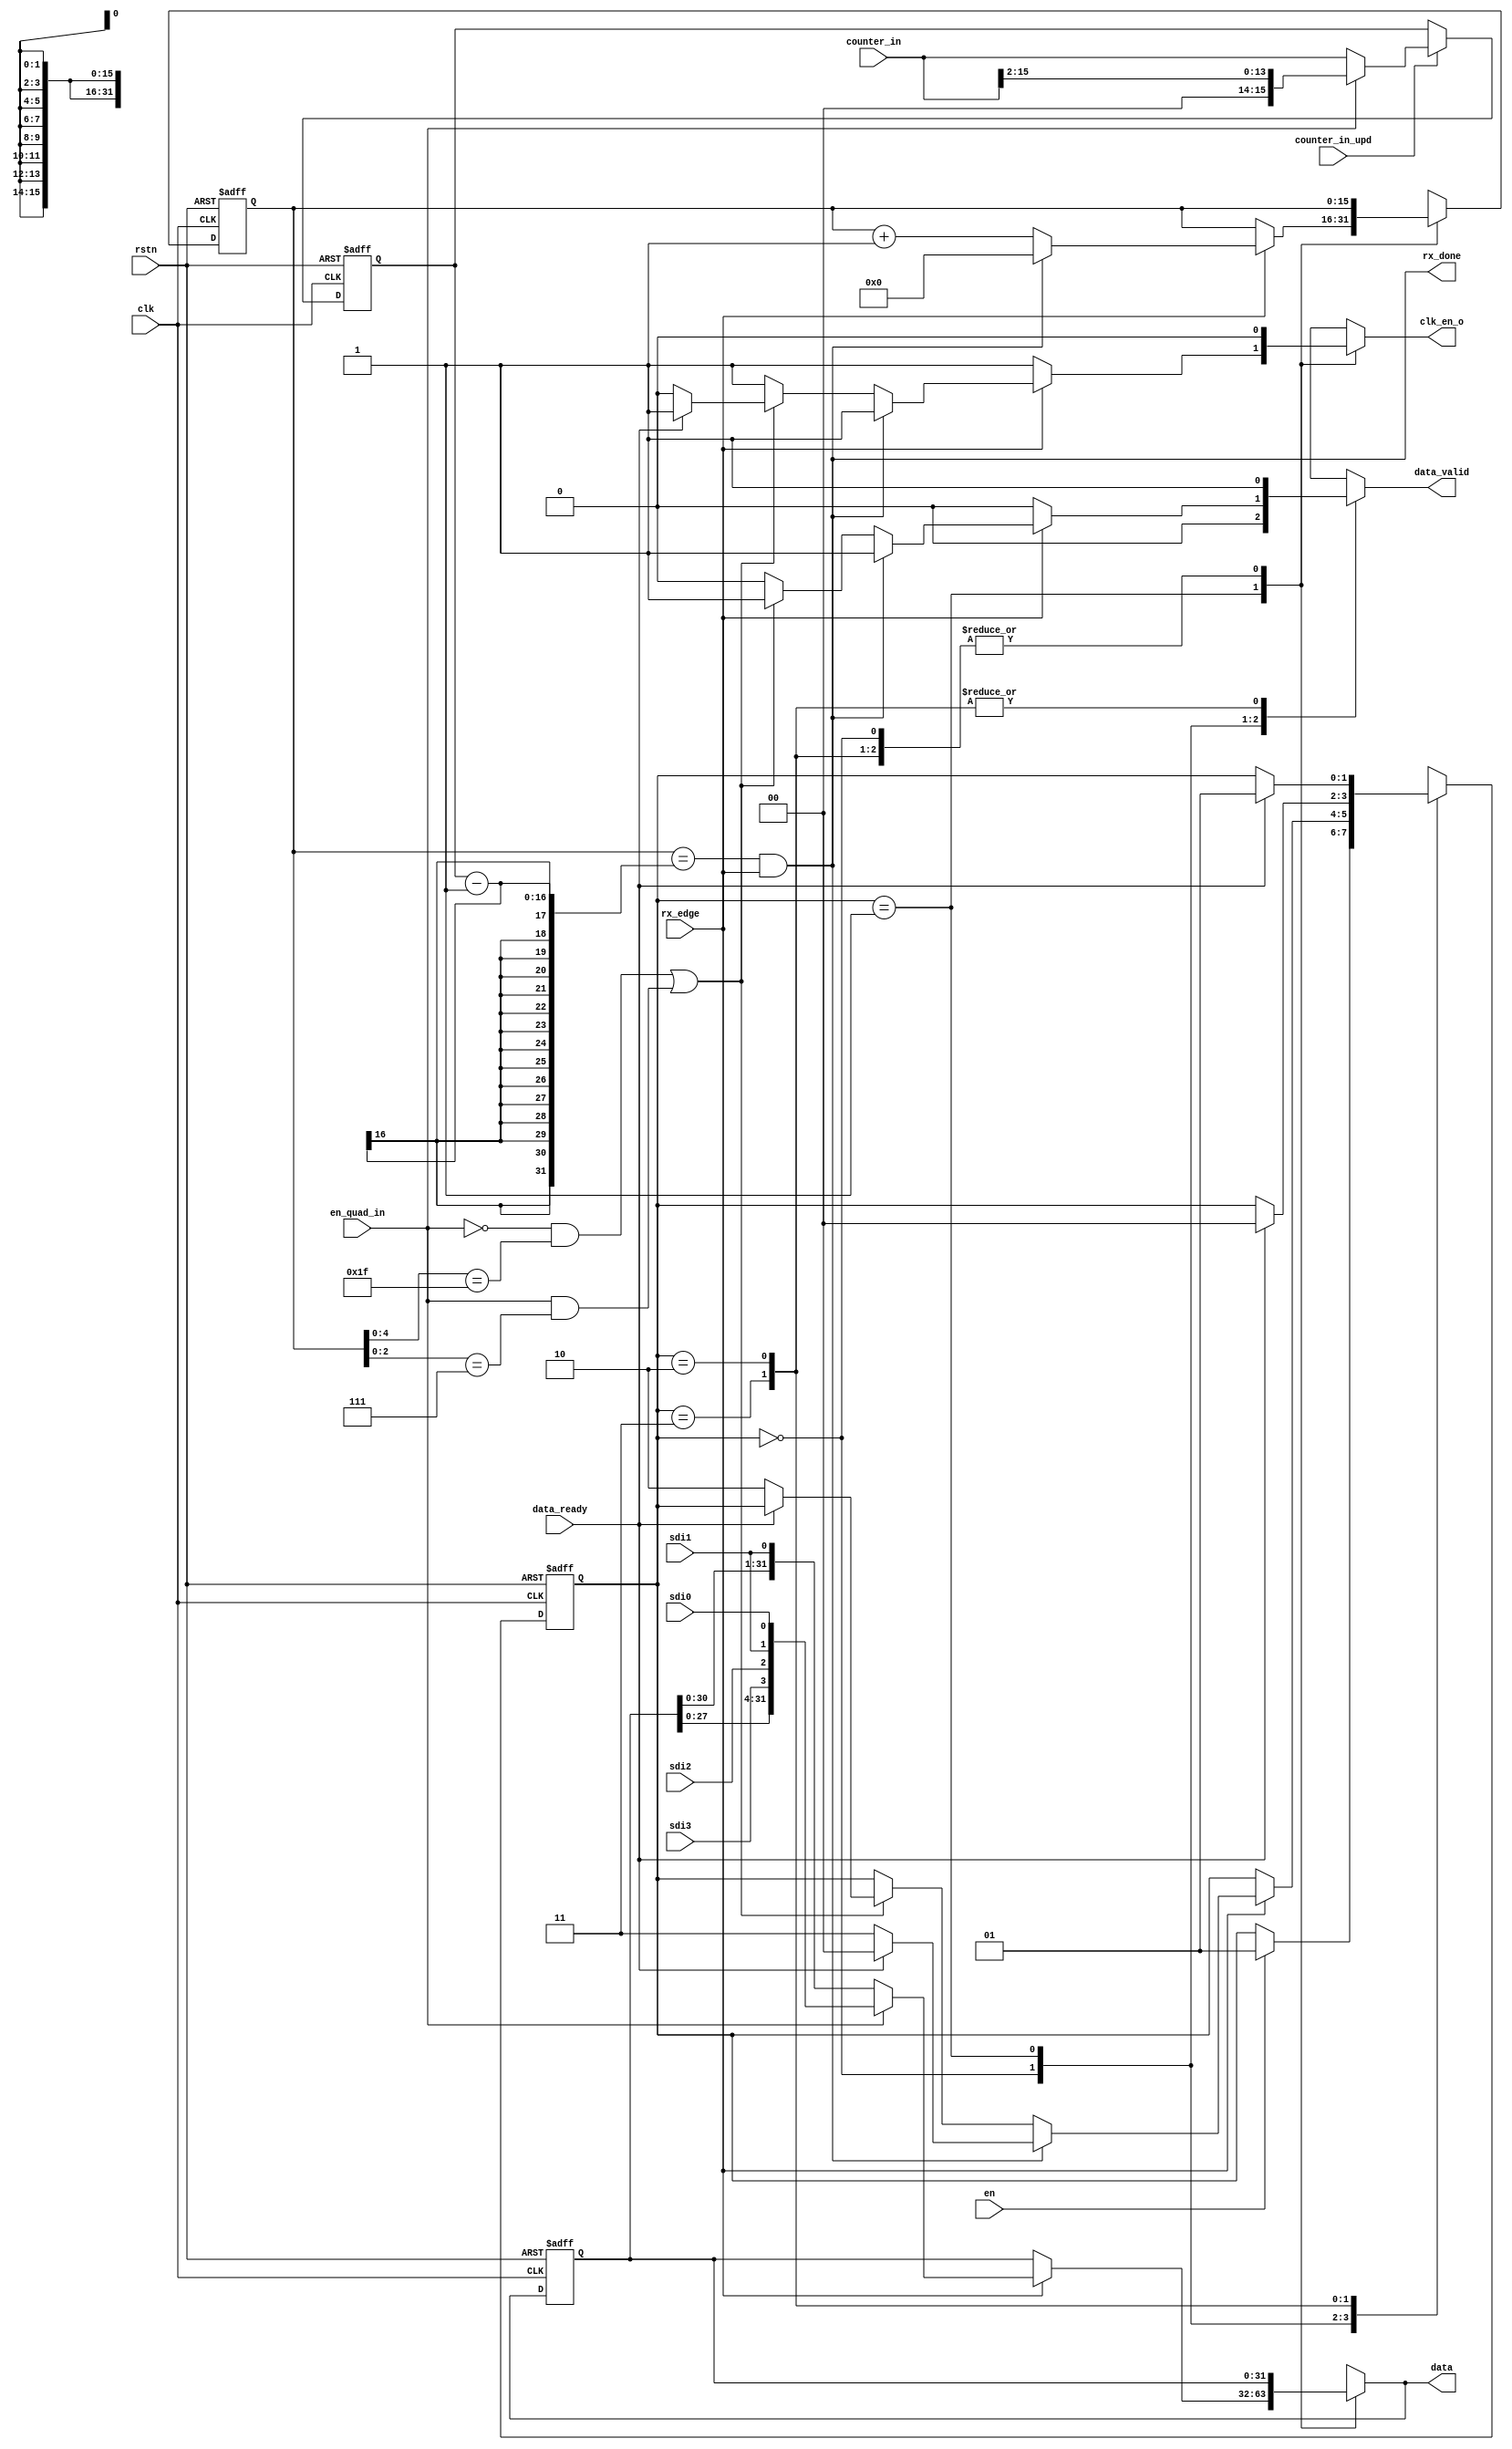
// Copyright 2017 ETH Zurich and University of Bologna.
// -- Adaptable modifications made for hbirdv2 SoC. -- 
// Copyright 2020 Nuclei System Technology, Inc.
// Copyright and related rights are licensed under the Solderpad Hardware
// License, Version 0.51 (the License); you may not use this file except in
// compliance with the License.  You may obtain a copy of the License at
// http://solderpad.org/licenses/SHL-0.51. Unless required by applicable law
// or agreed to in writing, software, hardware and materials distributed under
// this License is distributed on an AS IS BASIS, WITHOUT WARRANTIES OR
// CONDITIONS OF ANY KIND, either express or implied. See the License for the
// specific language governing permissions and limitations under the License.

module spi_master_rx (
    input  wire        clk,
    input  wire        rstn,
    input  wire        en,
    input  wire        rx_edge,
    output wire        rx_done,
    input  wire        sdi0,
    input  wire        sdi1,
    input  wire        sdi2,
    input  wire        sdi3,
    input  wire        en_quad_in,
    input  wire [15:0] counter_in,
    input  wire        counter_in_upd,
    output wire [31:0] data,
    input  wire        data_ready,
    output reg         data_valid,
    output reg         clk_en_o
);
    localparam [1:0] IDLE           = 0;
    localparam [1:0] RECEIVE        = 1;
    localparam [1:0] WAIT_FIFO      = 2;
    localparam [1:0] WAIT_FIFO_DONE = 3;

    reg [31:0] data_int;
    reg [31:0] data_int_next;
    reg [15:0] counter;
    reg [15:0] counter_trgt;
    reg [15:0] counter_next;
    reg [15:0] counter_trgt_next;
    wire       done;
    wire       reg_done;

    reg [1:0]  rx_CS;
    reg [1:0]  rx_NS;
    
    assign reg_done = (!en_quad_in && (counter[4:0] == 5'b11111)) || (en_quad_in && (counter[2:0] == 3'b111));
    assign data     = data_int_next;
    assign rx_done  = done;

    always @(*) begin
        if (counter_in_upd)
            counter_trgt_next = (en_quad_in ? {2'b00, counter_in[15:2]} : counter_in);
        else
            counter_trgt_next = counter_trgt;
    end

    assign done = (counter == (counter_trgt - 1)) && rx_edge;

    always @(*) begin
        rx_NS         = rx_CS;
        clk_en_o      = 1'b0;
        data_int_next = data_int;
        data_valid    = 1'b0;
        counter_next  = counter;

        case (rx_CS)
            IDLE: begin
                clk_en_o = 1'b0;

                // check first if there is available space instead of later
                if (en) rx_NS = RECEIVE;
            end
            RECEIVE: begin
                clk_en_o = 1'b1;

                if (rx_edge) begin
                    counter_next = counter + 1;

                    if (en_quad_in)
                        data_int_next = {data_int[27:0], sdi3, sdi2, sdi1, sdi0};
                    else
                        data_int_next = {data_int[30:0], sdi1};

                    if (rx_done) begin
                        counter_next = 0;
                        data_valid   = 1'b1;

                        if (data_ready)
                            rx_NS = IDLE;
                        else
                            rx_NS = WAIT_FIFO_DONE;

		    end else if (reg_done) begin
                        data_valid = 1'b1;

                    	if (~data_ready) begin
                            // no space in the FIFO, wait for free space
                    	    clk_en_o = 1'b0;
                    	    rx_NS    = WAIT_FIFO;
                    	end
                    end
                end
            end
            WAIT_FIFO_DONE: begin
                data_valid = 1'b1;
                if (data_ready)  rx_NS = IDLE;
            end
            WAIT_FIFO: begin
                data_valid = 1'b1;
                if (data_ready)  rx_NS = RECEIVE;
            end
        endcase
    end


    always @(posedge clk or negedge rstn) begin
        if (rstn == 0) begin
            counter      <= 0;
            counter_trgt <= 'h8;
            data_int     <= 'b0;
            rx_CS        <= IDLE;
	end else begin
            counter      <= counter_next;
            counter_trgt <= counter_trgt_next;
            data_int     <= data_int_next;
            rx_CS        <= rx_NS;
        end
    end

endmodule